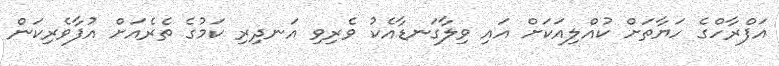
އަފްރާހްގެ ހަޔާތަށް ކުއްލިއަކަށް އައި ވިލާގަނޑާއެކު ވެރިވި އަނދިރި ކަމުގެ ތެރެއަށް އުފާވެރިކަން